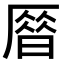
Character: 𠪞